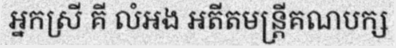
អ្នកស្រី គី លំអង អតីតមន្ត្រីគណបក្ស